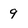
Character: 9